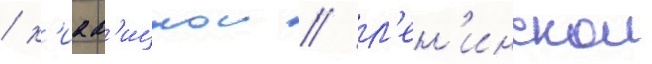
/ к'иав'ицкои / л'ен'инскои